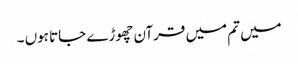
میں تم میں قرآن چھوڑے جاتا ہوں ۔